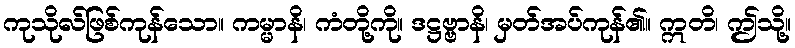
ကုသိုလ်ဖြစ်ကုန်သော။ ကမ္မာနိ၊ ကံတို့ကို။ ဒဋ္ဌဗ္ဗာနိ၊ မှတ်အပ်ကုန်၏။ ဣတိ၊ ဤသို့။